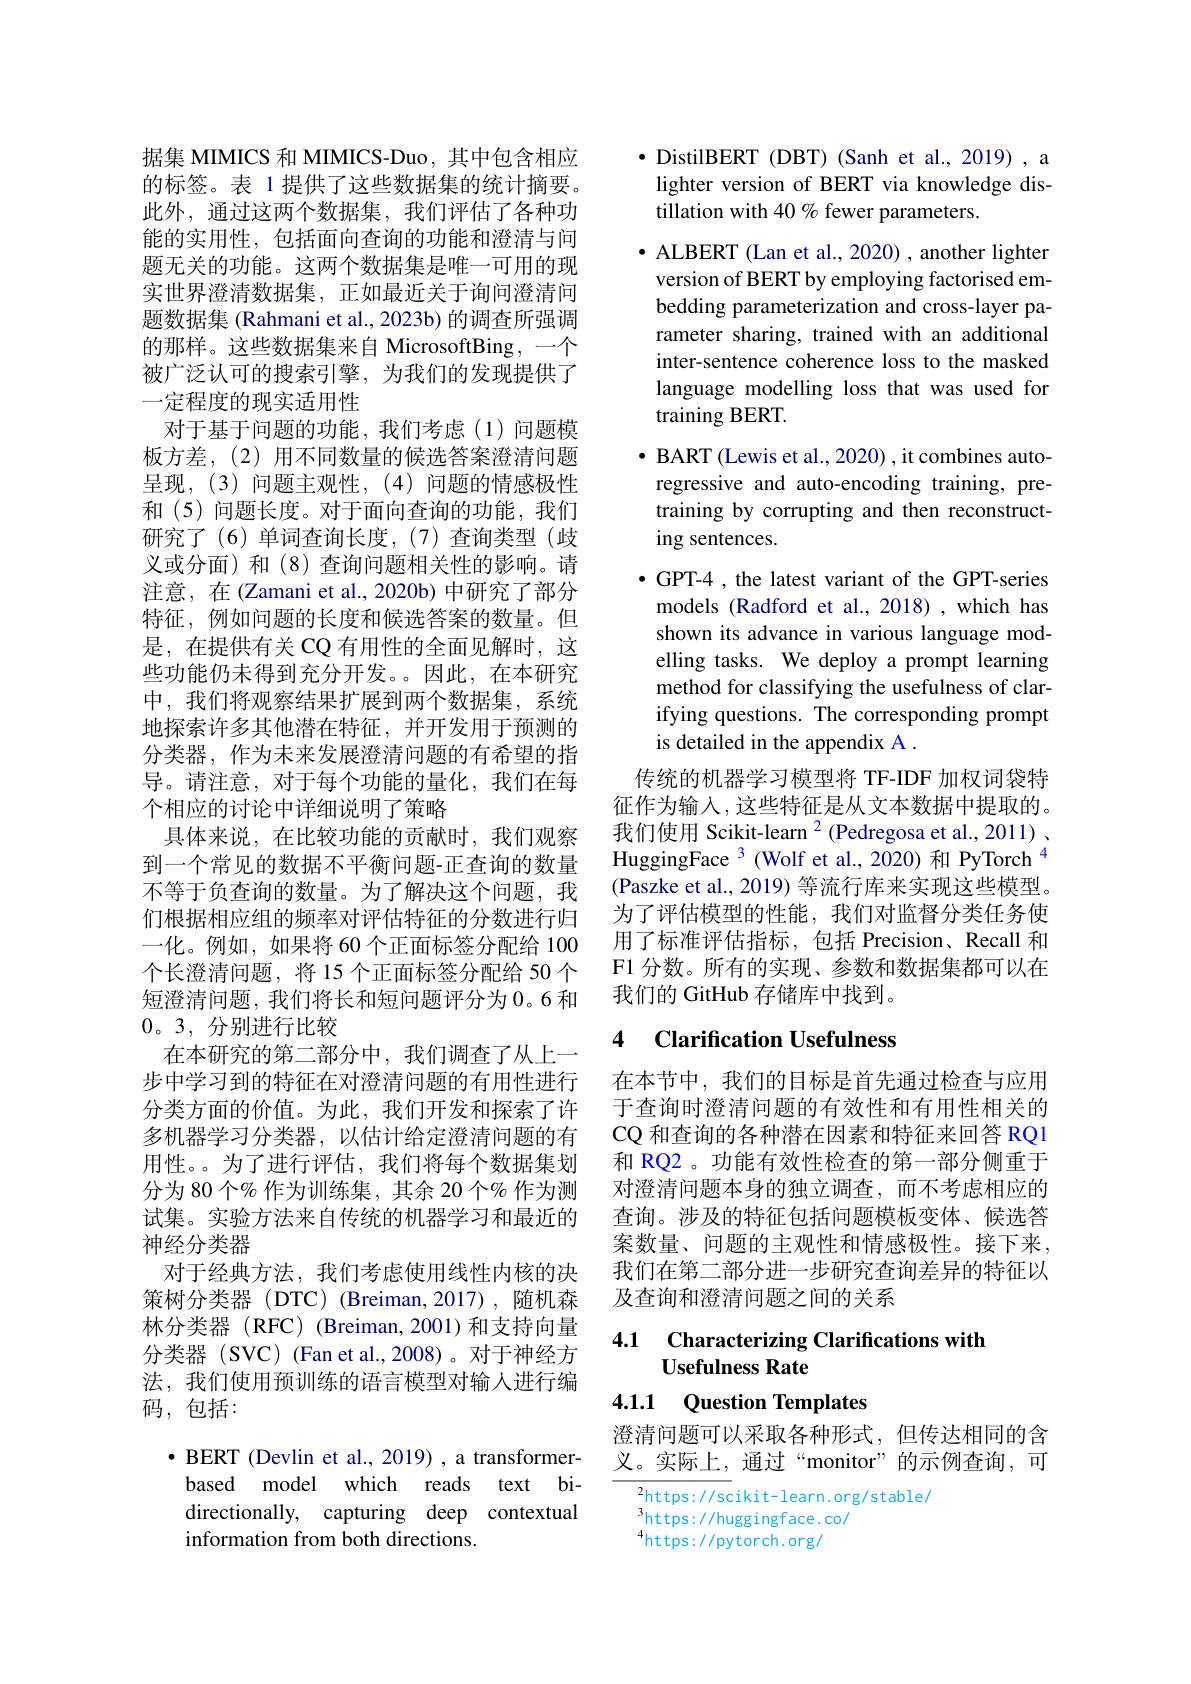
据集 MIMICS 和 MIMICS-Duo, 其中包含相应的标签。表 1 提供了这些数据集的统计摘要。此外，通过这两个数据集，我们评估了各种功能的实用性，包括面向查询的功能和澄清与问题无关的功能。这两个数据集是唯一可用的现实世界澄清数据集，正如最近关于询问澄清问题数据集 (Rahmani et al., 2023b) 的调查所强调的那样。这些数据集来自 MicrosoftBing,一个被广泛认可的搜索引擎，为我们的发现提供了一定程度的现实适用性
对于基于问题的功能，我们考虑(1)问题模板方差，(2) 用不同数量的候选答案澄清问题呈现，(3)问题主观性，(4)问题的情感极性和 (5) 问题长度。对于面向查询的功能，我们研究了(6)单词查询长度，(7)查询类型(歧义或分面) 和 (8) 查询问题相关性的影响。请注意，在 (Zamani et al., 2020b) 中研究了部分特征，例如问题的长度和候选答案的数量。但是，在提供有关 CQ 有用性的全面见解时，这些功能仍未得到充分开发。。因此，在本研究中，我们将观察结果扩展到两个数据集，系统地探索许多其他潜在特征，并开发用于预测的分类器，作为未来发展澄清问题的有希望的指导。请注意，对于每个功能的量化，我们在每个相应的讨论中详细说明了策略
具体来说，在比较功能的贡献时，我们观察到一个常见的数据不平衡问题-正查询的数量不等于负查询的数量。为了解决这个问题，我们根据相应组的频率对评估特征的分数进行归一化。例如，如果将 60 个正面标签分配给 100个长澄清问题，将 15 个正面标签分配给 50 个短澄清问题，我们将长和短问题评分为0。6 和0。3,分别进行比较
在本研究的第二部分中，我们调查了从上一步中学习到的特征在对澄清问题的有用性进行分类方面的价值。为此，我们开发和探索了许多机器学习分类器，以估计给定澄清问题的有用性。为了进行评估，我们将每个数据集划分为 80 个% 作为训练集，其余 20 个% 作为测试集。实验方法来自传统的机器学习和最近的神经分类器
对于经典方法，我们考虑使用线性内核的决策树分类器(DTC)(Breiman,2017),随机森林分类器(RFC)(Breiman,2001)和支持向量分类器 (SVC) (Fan et al.,2008)。对于神经方法，我们使用预训练的语言模型对输入进行编码，包括：
· BERT (Devlin et al., 2019) , a transformer-

based model which reads text bidirectionally, capturing deep contextual information from both directions.

$\bullet$ DistilBERT (DBT) (Sanh et al., 2019) , a
lighter version of BERT via knowledge dis-
tillation with 40% fewer parameters.
$\bullet$ ALBERT (Lan et al., 2020) , another lighter
version of BERT by employing factorised embedding parameterization and cross-layer parameter sharing, trained with an additional inter-sentence coherence loss to the masked language modelling loss that was used for training BERT.
$\bullet$ BART (Lewis et al., 2020) , it combines auto-
regressive and auto-encoding training, pretraining by corrupting and then reconstructing sentences.
$\bullet$ GPT-4 , the latest variant of the GPT-series models (Radford et al., 2018) ,which has shown its advance in various language modelling tasks. We deploy a prompt learning method for classifying the usefulness of clarifying questions. The corresponding prompt is detailed in the appendix A .
传统的机器学习模型将 TF-IDF 加权词袋特征作为输入，这些特征是从文本数据中提取的。我们使用 Scikit-learn $^{2}$ (Pedregosa et al., 2011) 、 HuggingFace $^{3}$ (Wolf et al., 2020) 和 PyTorch$^{4}$ (Paszke et al., 2019) 等流行库来实现这些模型。为了评估模型的性能，我们对监督分类任务使用了标准评估指标，包括 Precision、Recall 和F1 分数。所有的实现、参数和数据集都可以在我们的 GitHub 存储库中找到。

## 4 Clarification Usefulness

在本节中，我们的目标是首先通过检查与应用于查询时澄清问题的有效性和有用性相关的CQ 和查询的各种潜在因素和特征来回答 RQ1和 RQ2 。功能有效性检查的第一部分侧重于对澄清问题本身的独立调查，而不考虑相应的查询。涉及的特征包括问题模板变体、候选答案数量、问题的主观性和情感极性。接下来， 我们在第二部分进一步研究查询差异的特征以及查询和澄清问题之间的关系

4.1 Characterizing Clarifications with
## Usefulness Rate 4.1.1 Question Templates

澄清问题可以采取各种形式，但传达相同的含义。实际上，通过“monitor”的示例查询，可

${^2\text{https://sc}}$ikit-learn.org/stable/
$\begin{aligned}3\text{https: / / huggingface. co/}\\4\text{bress: / / huggingface. co/}\end{aligned}$
$^{4}$https://pytorch.org/